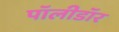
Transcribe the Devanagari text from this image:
पॉलीडॉर